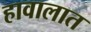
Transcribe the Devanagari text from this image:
हावालात